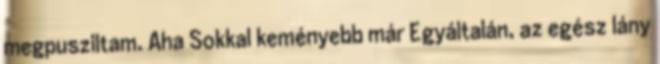
megpusziltam. Aha Sokkal keményebb már Egyáltalán, az egész lány